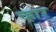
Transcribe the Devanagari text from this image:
च्हार